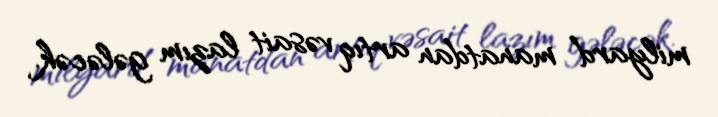
milyard manatdan artıq vəsait lazım gələcək.